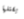
يقتلها